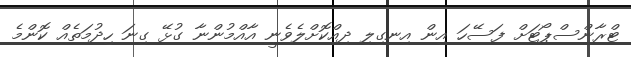
ޓްރާންސްޕޯޓަށް ފަސޭހަ އިން އިނގިލި ދިއްކޮށްލެވެނީ އާއްމުންނާ ގުޅޭ ގިނަ ހިދުމަތެއް ކޮންމެ